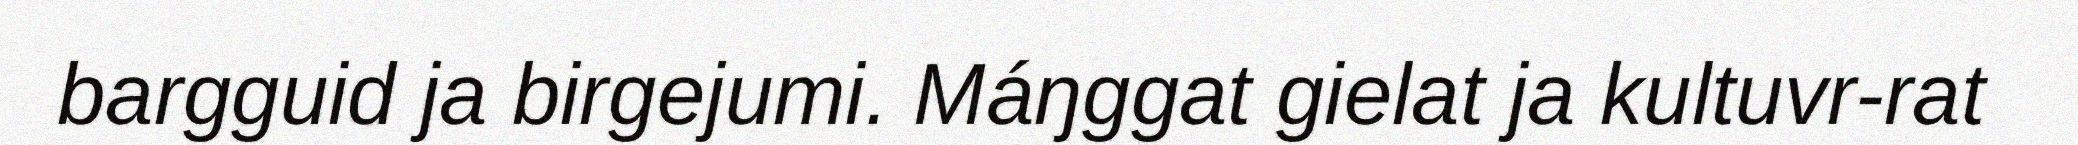
bargguid ja birgejumi. Máŋggat gielat ja kultuvr-rat